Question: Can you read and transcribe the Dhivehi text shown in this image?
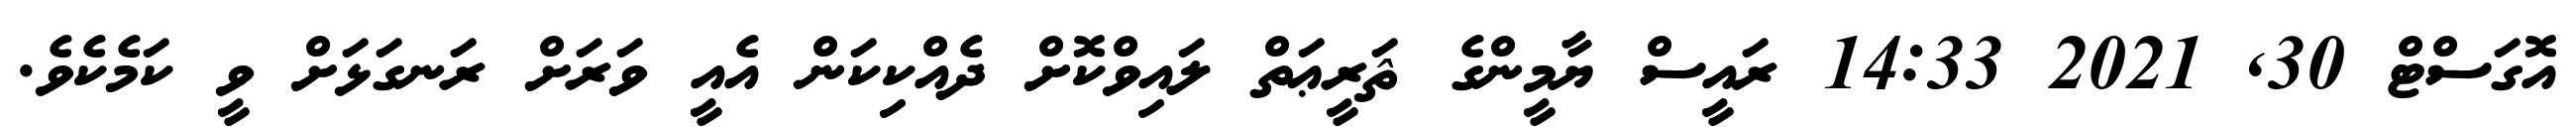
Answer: އޮގަސްޓް 30, 2021 14:33 ރައީސް ޔާމީންގެ ޘަރީޢަތް ލައިވްކޮށް ދެއްކިކަން އެއީ ވަރަށް ރަނގަޅަށް ވީ ކަމެކެވެ.